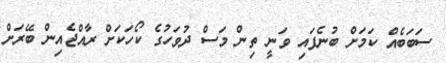
ސަބަބެއް ކަމަށް ބުނެފައި ވަނީ ތިން މަސް ދުވަހުގެ ކޯހަކަށް ރާއްޖެއިން ބޭރަށް